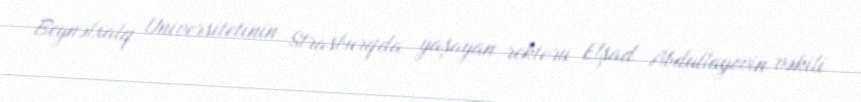
Beynəlxalq Universitetinin Strasburqda yaşayan rektoru Elşad Abdullayevin vəkili